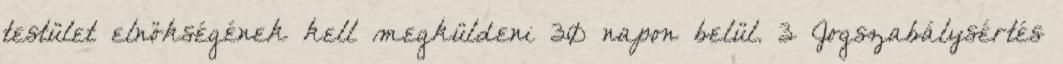
testület elnökségének kell megküldeni 30 napon belül. 3 Jogszabálysértés